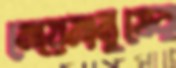
মেয়েমানুষের